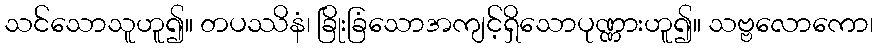
သင်သောသူဟူ၍။ တပဿိနံ၊ ခြိုးခြံသောအကျင့်ရှိသောပုဏ္ဏားဟူ၍။ သဗ္ဗလောကော၊